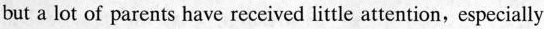
but a lot of parents have received little attention, especially